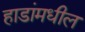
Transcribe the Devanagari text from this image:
हाडांमधील